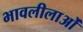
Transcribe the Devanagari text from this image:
भावलीलाओं